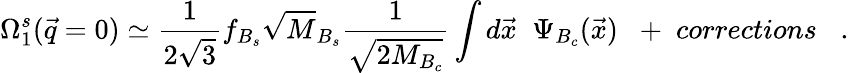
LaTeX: \Omega_{1}^{s}(\vec{q}=0)\simeq{\frac{1}{2\sqrt 3}}f_{B_{s}}\sqrt M_{B_{s}}{\frac{1}{\sqrt{2M_{B_{c}}}}}\int d\vec{x}\; \; \Psi_{B_{c}}(\vec{x})\; \; +\; corrections\; \; \; .